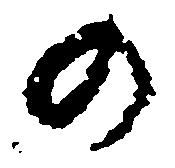
の